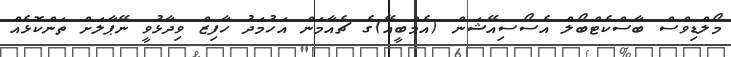
މޯލްޑިވްސް ބާސްކެޓްބޯލް އެސޯސިއޭޝަން (އެމްބީއޭ)ގެ ޗެއާމަން އަހުމަދު ހާފިޒް ވިދާޅުވީ ނޭޕާލަށް ތަންކޮޅެއް